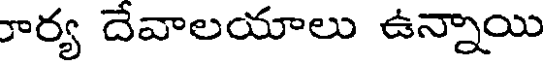
రార్య దేవాలయాలు ఉన్నాయి